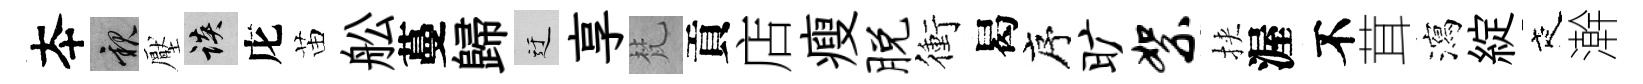
夲親壓談庀苗舩蔓歸迂享梵貢店瘦脱衝曷序旷絮挾渥不茸瀉綻夜澣